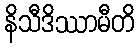
နိသီဒိဿာမီတိ